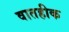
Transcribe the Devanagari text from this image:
वातहीक